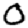
Digit: 0